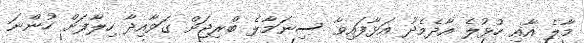
މާލެ އާއި ހުޅުލެ އާދެމެދު އަޅާފައިވާ ސިނަމާލެ ބްރިޖަށް ގަވާއިދާ ހިލާފަށް ހުންނަ